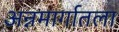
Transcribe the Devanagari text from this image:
अन्नमार्गातला